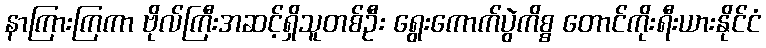
နာကြားကြကာ ဗိုလ်ကြီးအဆင့်ရှိသူတစ်ဦး ရွေးကောက်ပွဲကိစ္စ တောင်ကိုးရီးယားနိုင်ငံ